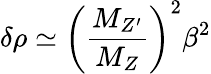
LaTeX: \delta\rho\simeq\left(\frac{M_{Z^{\prime}}}{M_{Z}}\right)^{2}\beta^{2}